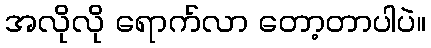
အလိုလို ရောက်လာ တော့တာပါပဲ။